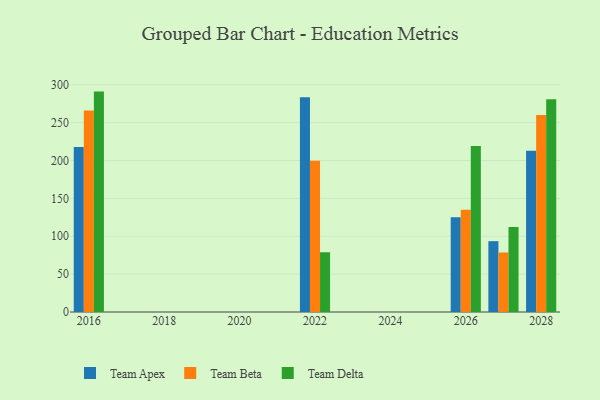
{"axis": {"x": "Year", "y": "Operating Costs (USD K)"}, "legend": ["Team Apex", "Team Beta", "Team Delta"], "data": [{"x": "2022", "y": 283.5, "type": "Team Apex"}, {"x": "2022", "y": 199.8, "type": "Team Beta"}, {"x": "2022", "y": 78.9, "type": "Team Delta"}, {"x": "2026", "y": 125.0, "type": "Team Apex"}, {"x": "2026", "y": 135.1, "type": "Team Beta"}, {"x": "2026", "y": 219.2, "type": "Team Delta"}, {"x": "2028", "y": 212.9, "type": "Team Apex"}, {"x": "2028", "y": 260.0, "type": "Team Beta"}, {"x": "2028", "y": 280.9, "type": "Team Delta"}, {"x": "2027", "y": 93.5, "type": "Team Apex"}, {"x": "2027", "y": 78.6, "type": "Team Beta"}, {"x": "2027", "y": 112.2, "type": "Team Delta"}, {"x": "2016", "y": 217.9, "type": "Team Apex"}, {"x": "2016", "y": 266.1, "type": "Team Beta"}, {"x": "2016", "y": 291.0, "type": "Team Delta"}]}